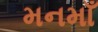
મનમાઁ